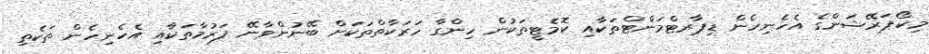
މިކޯޕަރޭޝަންގެ އެހެނިހެން ޑިޕާރޓްމަންޓްތަކާއި ކޮމެޓީތަކުން ހިންގާ ހަރަކާތްތަކަށް ބޭނުންވާނޭ ފަރުމާތަކާއި އެހެނިހެން ތަކެތި